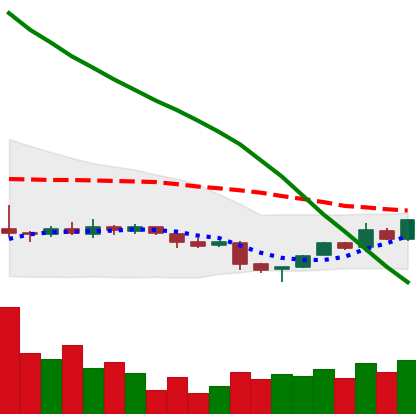
Ticker: NEO-USD
Chart end date: 2018-11-06
Forward return: -5.912%
Label: down_5_7